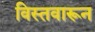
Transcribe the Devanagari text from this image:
विस्तवारून